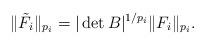
LaTeX: \begin{align*}\|\tilde F_{i}\|_{p_{i}} = |\det B|^{1/p_{i}} \|F_{i}\|_{p_{i}}.\end{align*}